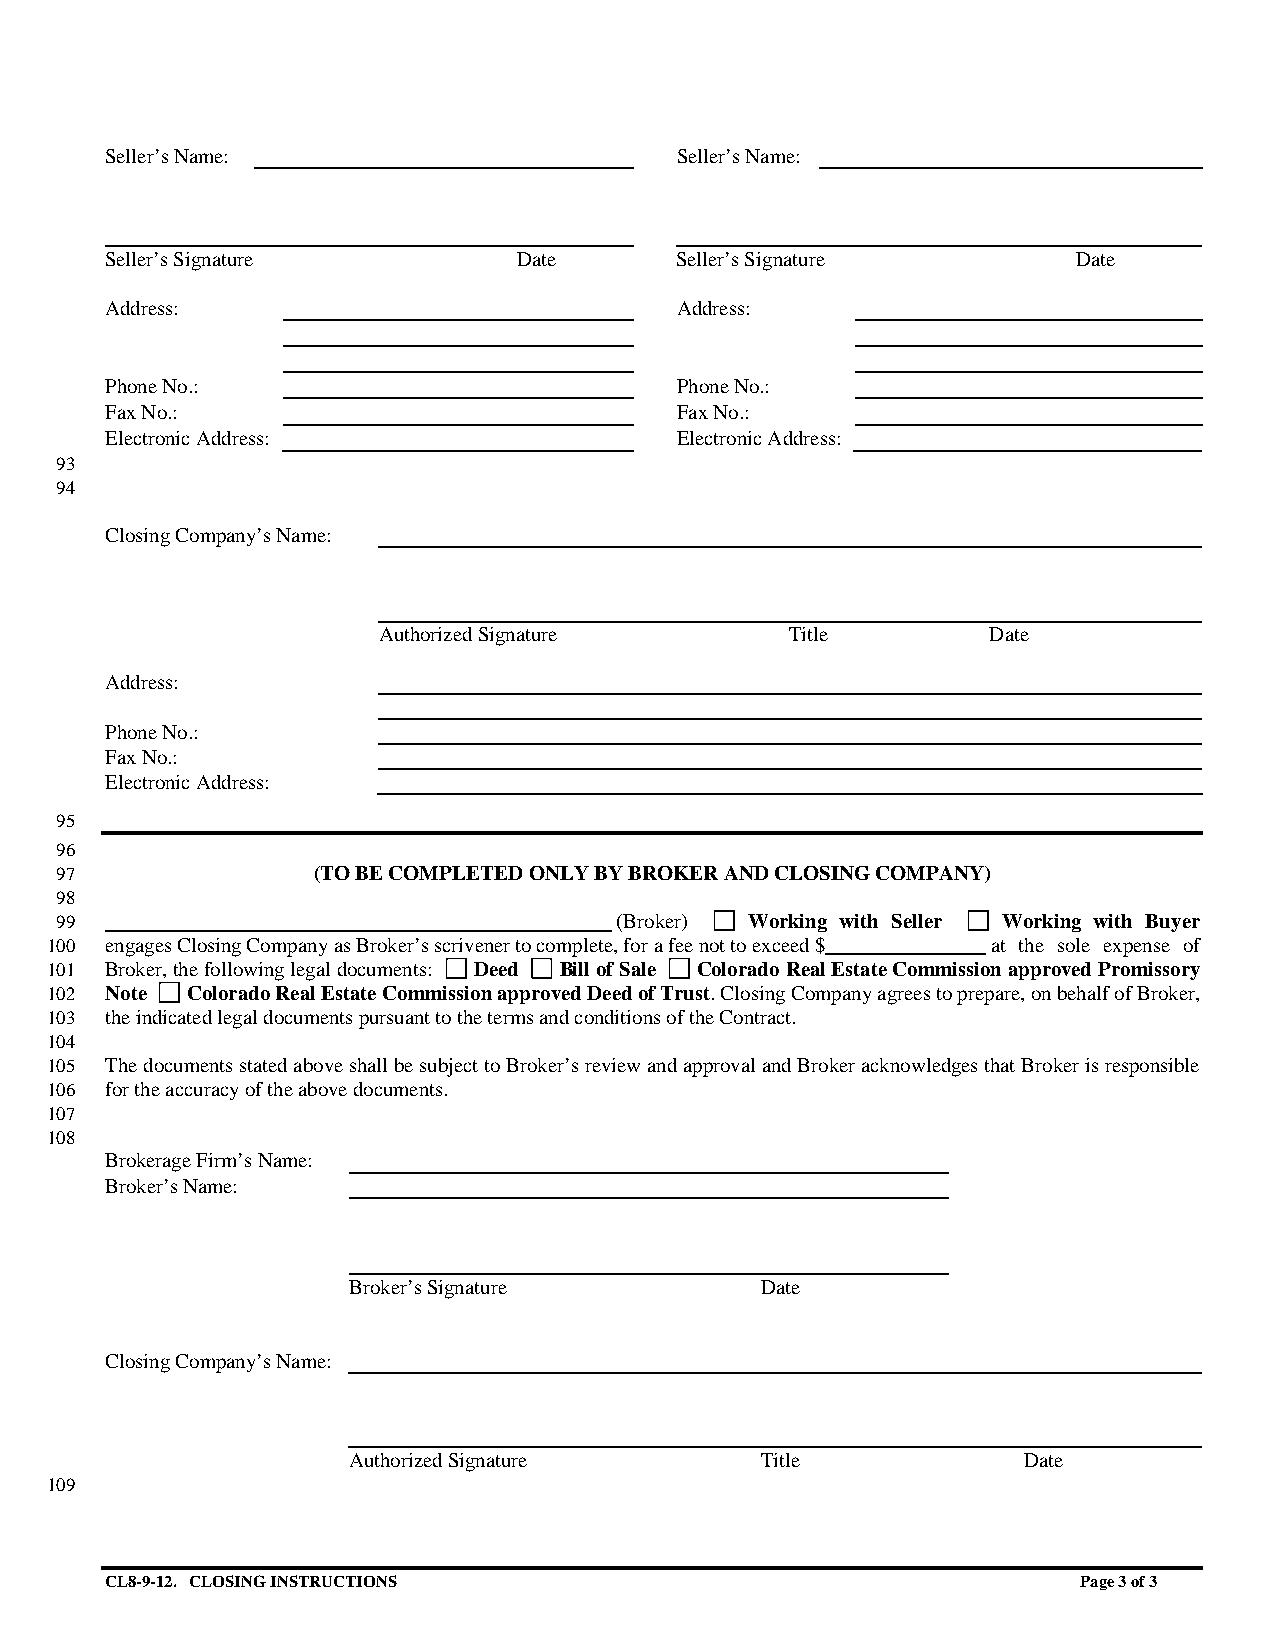
Seller’s Name:                        Seller’s Name:
 Seller’s Signature         Date       Seller’s Signature        Date
 Address:                              Address:
 Phone No.:                            Phone No.:
 Fax No.:                              Fax No.:
 Electronic Address:                   Electronic Address:
 93
 94
 Closing Company’s Name:
 Authorized Signature       Title         Date
 Address:
 Phone No.:
 Fax No.:
 Electronic Address:
 95
 96
 97               (TO BE COMPLETED ONLY BY BROKER AND CLOSING COMPANY)
 98
 99                                   (Broker) Working with Seller Working with Buyer
 100 engages Closing Company as Broker’s scrivener to complete, for a fee not to exceed $ at the sole expense of
 101 Broker, the following legal documents: Deed Bill of Sale Colorado Real Estate Commission approved Promissory
 102 Note Colorado Real Estate Commission approved Deed of Trust. Closing Company agrees to prepare, on behalf of Broker,
 103 the indicated legal documents pursuant to the terms and conditions of the Contract.
 104
 105 The documents stated above shall be subject to Broker’s review and approval and Broker acknowledges that Broker is responsible
 106 for the accuracy of the above documents.
 107
 108
 Brokerage Firm’s Name:
 Broker’s Name:
 Broker’s Signature         Date
 Closing Company’s Name:
 Authorized Signature       Title             Date
 109
 CL8-9-12. CLOSING INSTRUCTIONS                                   Page 3 of 3